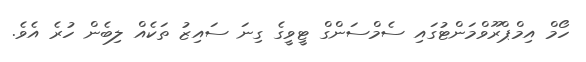
ހޯމް އިމްޕްރޫވްމަންޓުގައި ސެމްސަންގް ޓީވީގެ ގިނަ ސައިޒު ތަކެއް ލިބެން ހުރެ އެވެ.